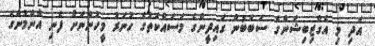
އަދި މި އެގްޒިބިޝަންގެ ސަބަބުން ގައިދީންގެ މަސައްކަތުގެ ހުނަރު މީހުންނަށް ފެނި އާންމުންގެ